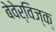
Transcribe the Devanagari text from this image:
बेवेर्विज्क्